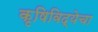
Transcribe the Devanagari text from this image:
कृषिविद्येचा